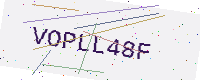
Text: VOPLL48F